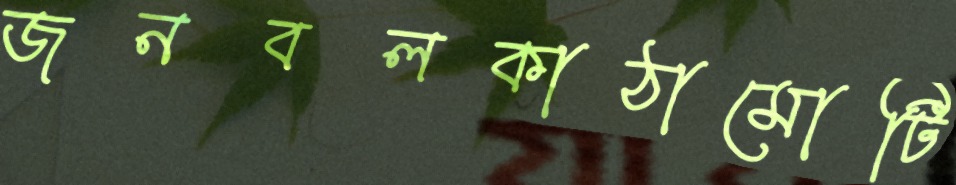
জনবলকাঠামোটি